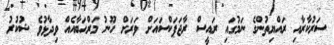
ސަރުކާރާއި ރައްޔިތުންގެ ނަމުގައި ރައީސް ރާޖަޕަކްސައަށް ވަރަށް ހޫނު މަރްޙަބާއެއް ވިދާޅުވެ ޝުކުރު